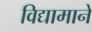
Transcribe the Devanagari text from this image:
विद्यामाने